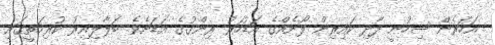
އަހަރެން ސިހުނީ ދާދި ކައިރިން ފޯނެއްގެ އަޑުހަރު ރިންގުގެ އަޑަށެވެ. ބަލާލިއިރު ކުރިމަތީގައި